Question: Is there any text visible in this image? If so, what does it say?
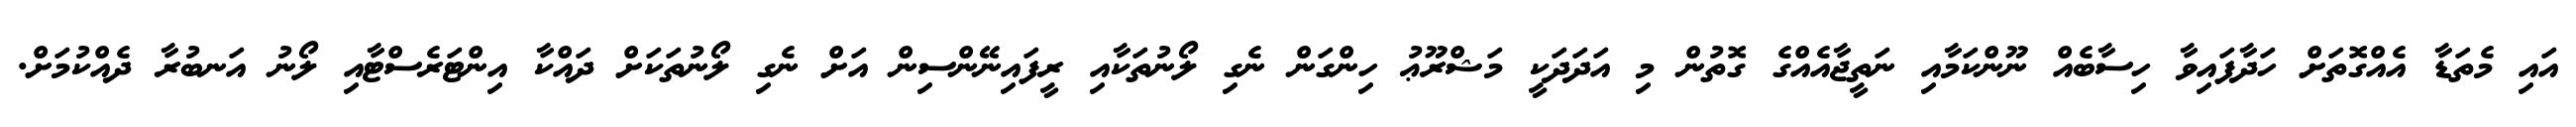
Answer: އައި މެތަޑާ އެއްގޮތަށް ހަދާފައިވާ ހިސާބެއް ނޫންކަމާއި ނަތީޖާއެއްގެ ގޮތުން މި އަދަދަކީ މަޝްރޫޢު ހިންގަން ނެގި ލޯނުތަކާއި ރީފައިނޭންސިން އަށް ނެގި ލޯނުތަކަށް ދައްކާ އިންޓަރެސްޓާއި ލޯނު އަނބުރާ ދެއްކުމަށް.